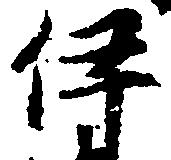
伊